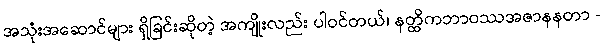
အသုံးအဆောင်များ ရှိခြင်းဆိုတဲ့ အကျိုးလည်း ပါဝင်တယ်၊ နတ္ထိကဘာဝဿအဇာနနတာ -